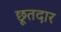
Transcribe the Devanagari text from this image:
छूतदार